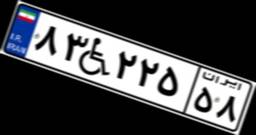
۸۳W۲۲۵۵۸